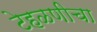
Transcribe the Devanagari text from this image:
टेहळणीचा